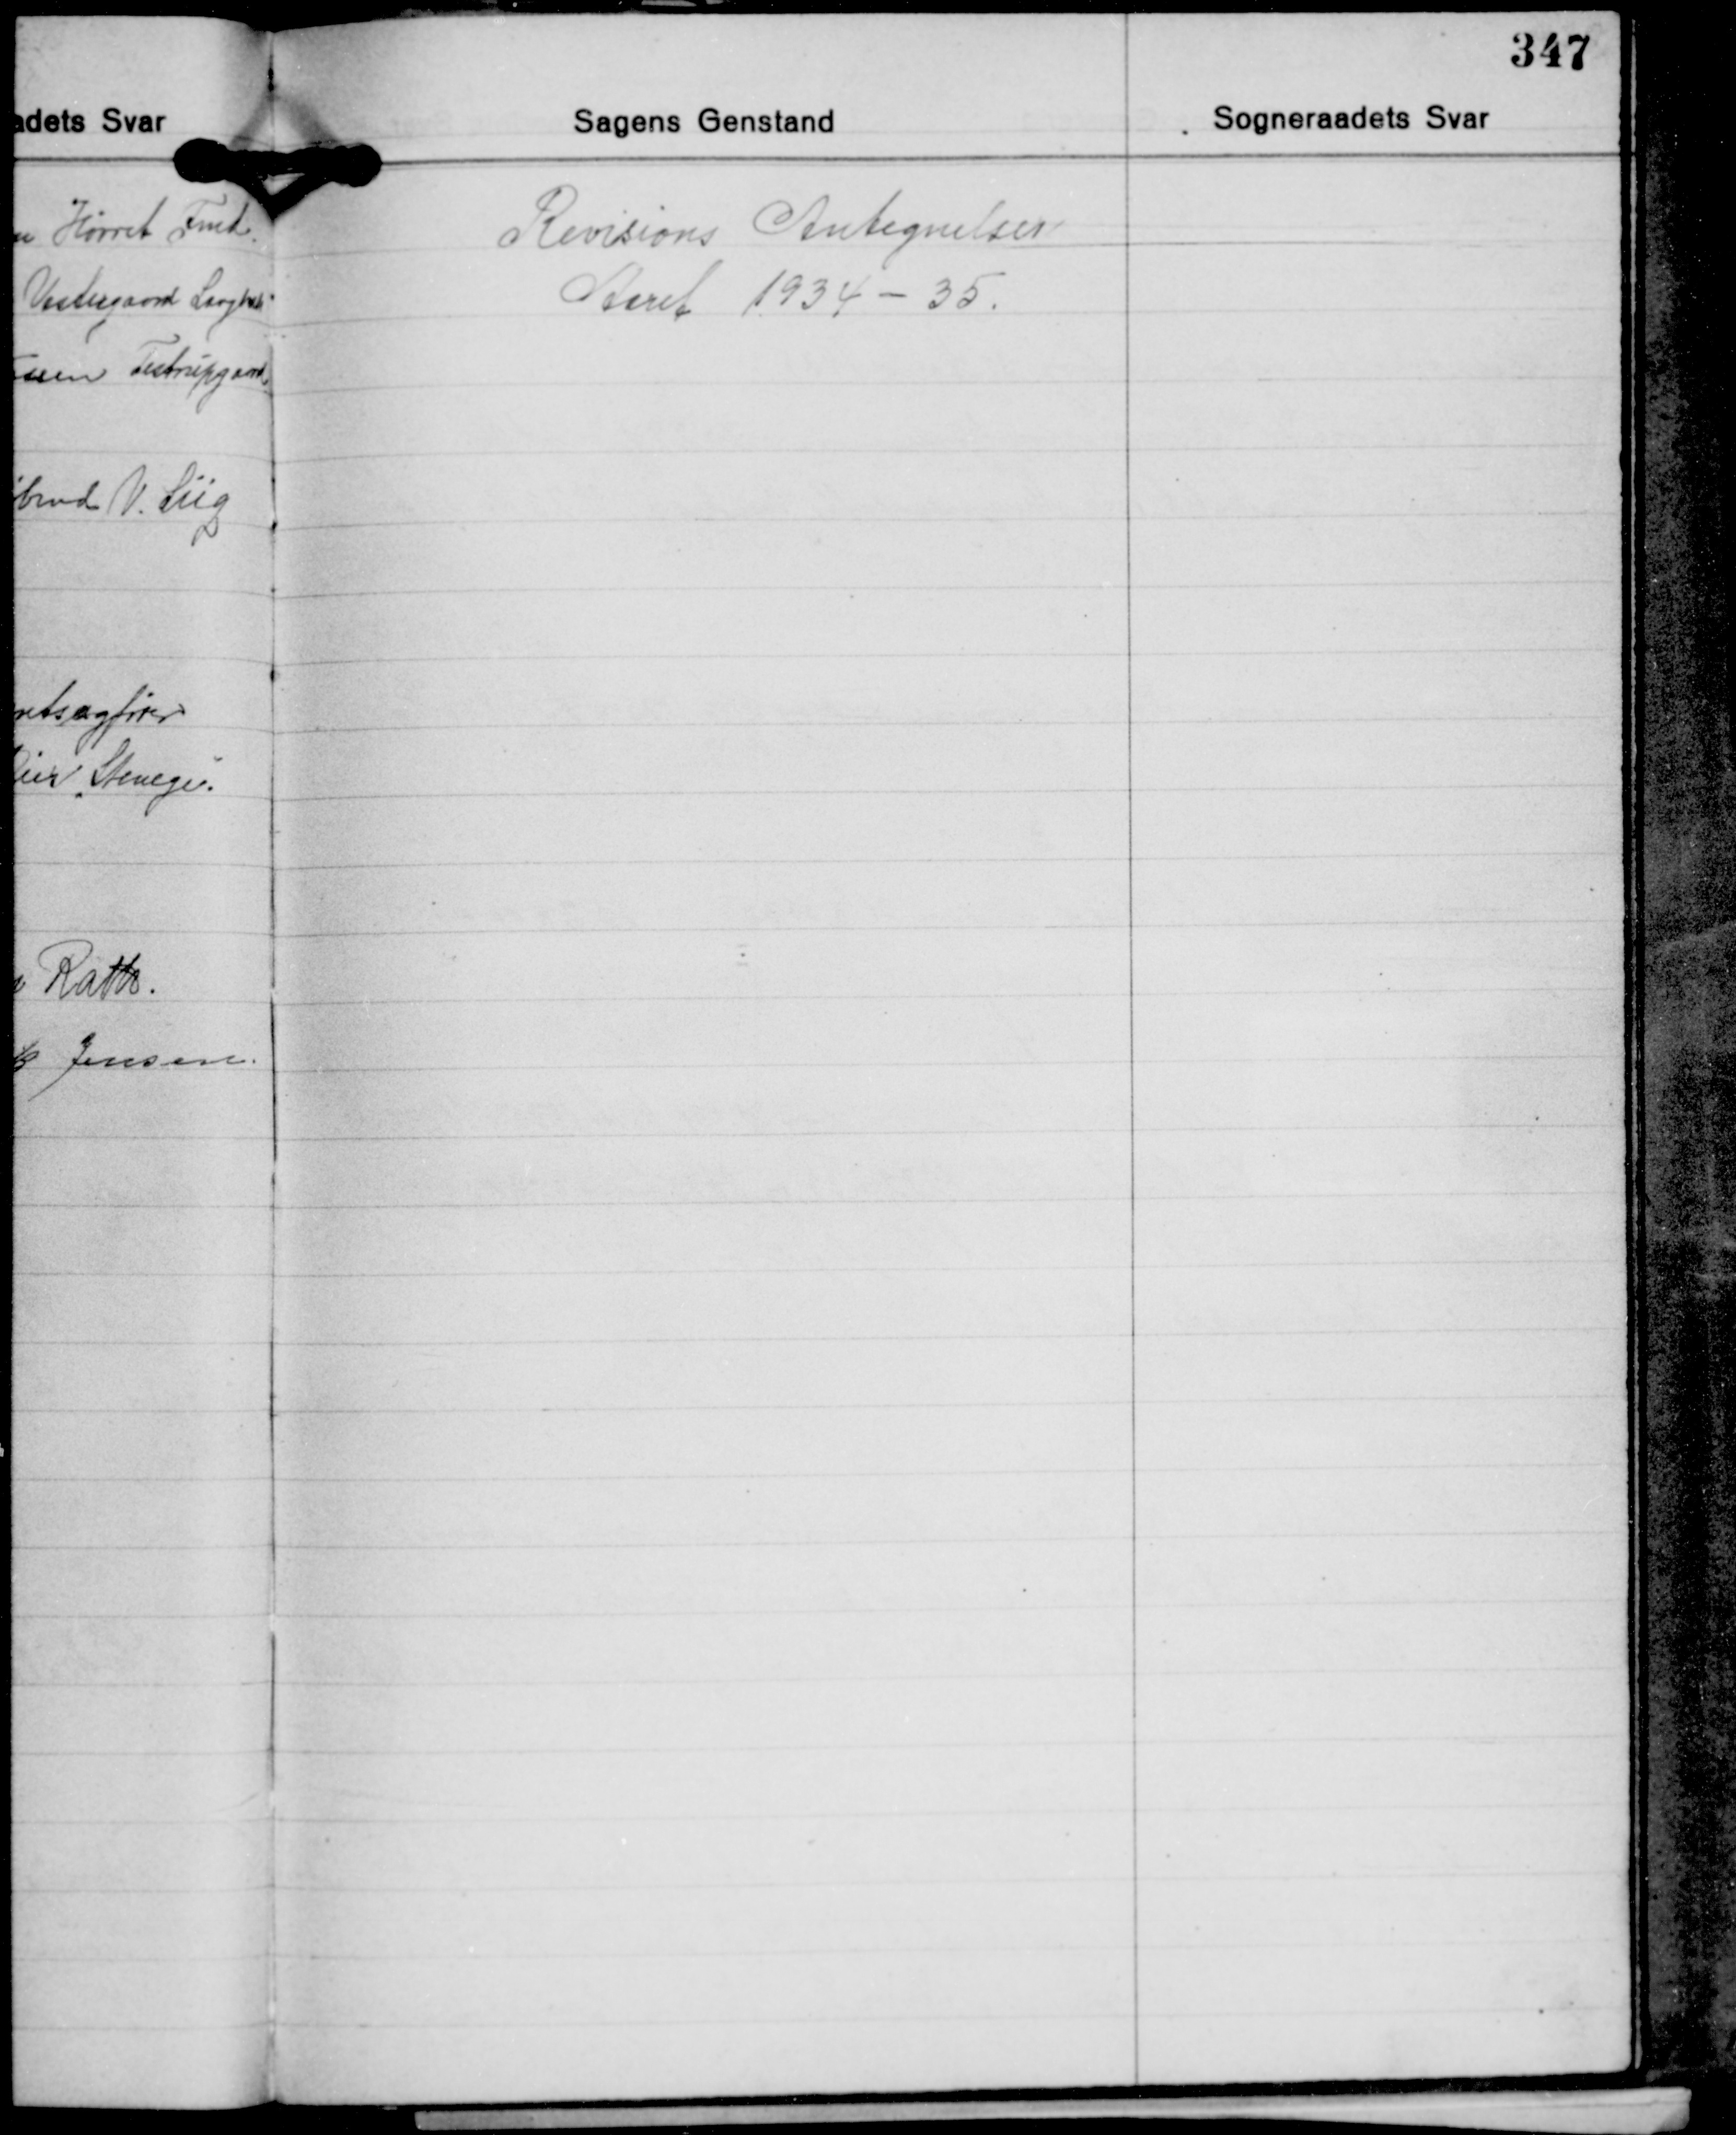
Transskription:
Revisions Antegnelser
Aaret 1934-35.